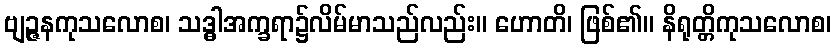
ဗျဉ္ဇနကုသလောစ၊ သဒ္ဓါအက္ခရာ၌လိမ်မာသည်လည်း။ ဟောတိ၊ ဖြစ်၏။ နိရုတ္တိကုသလောစ၊